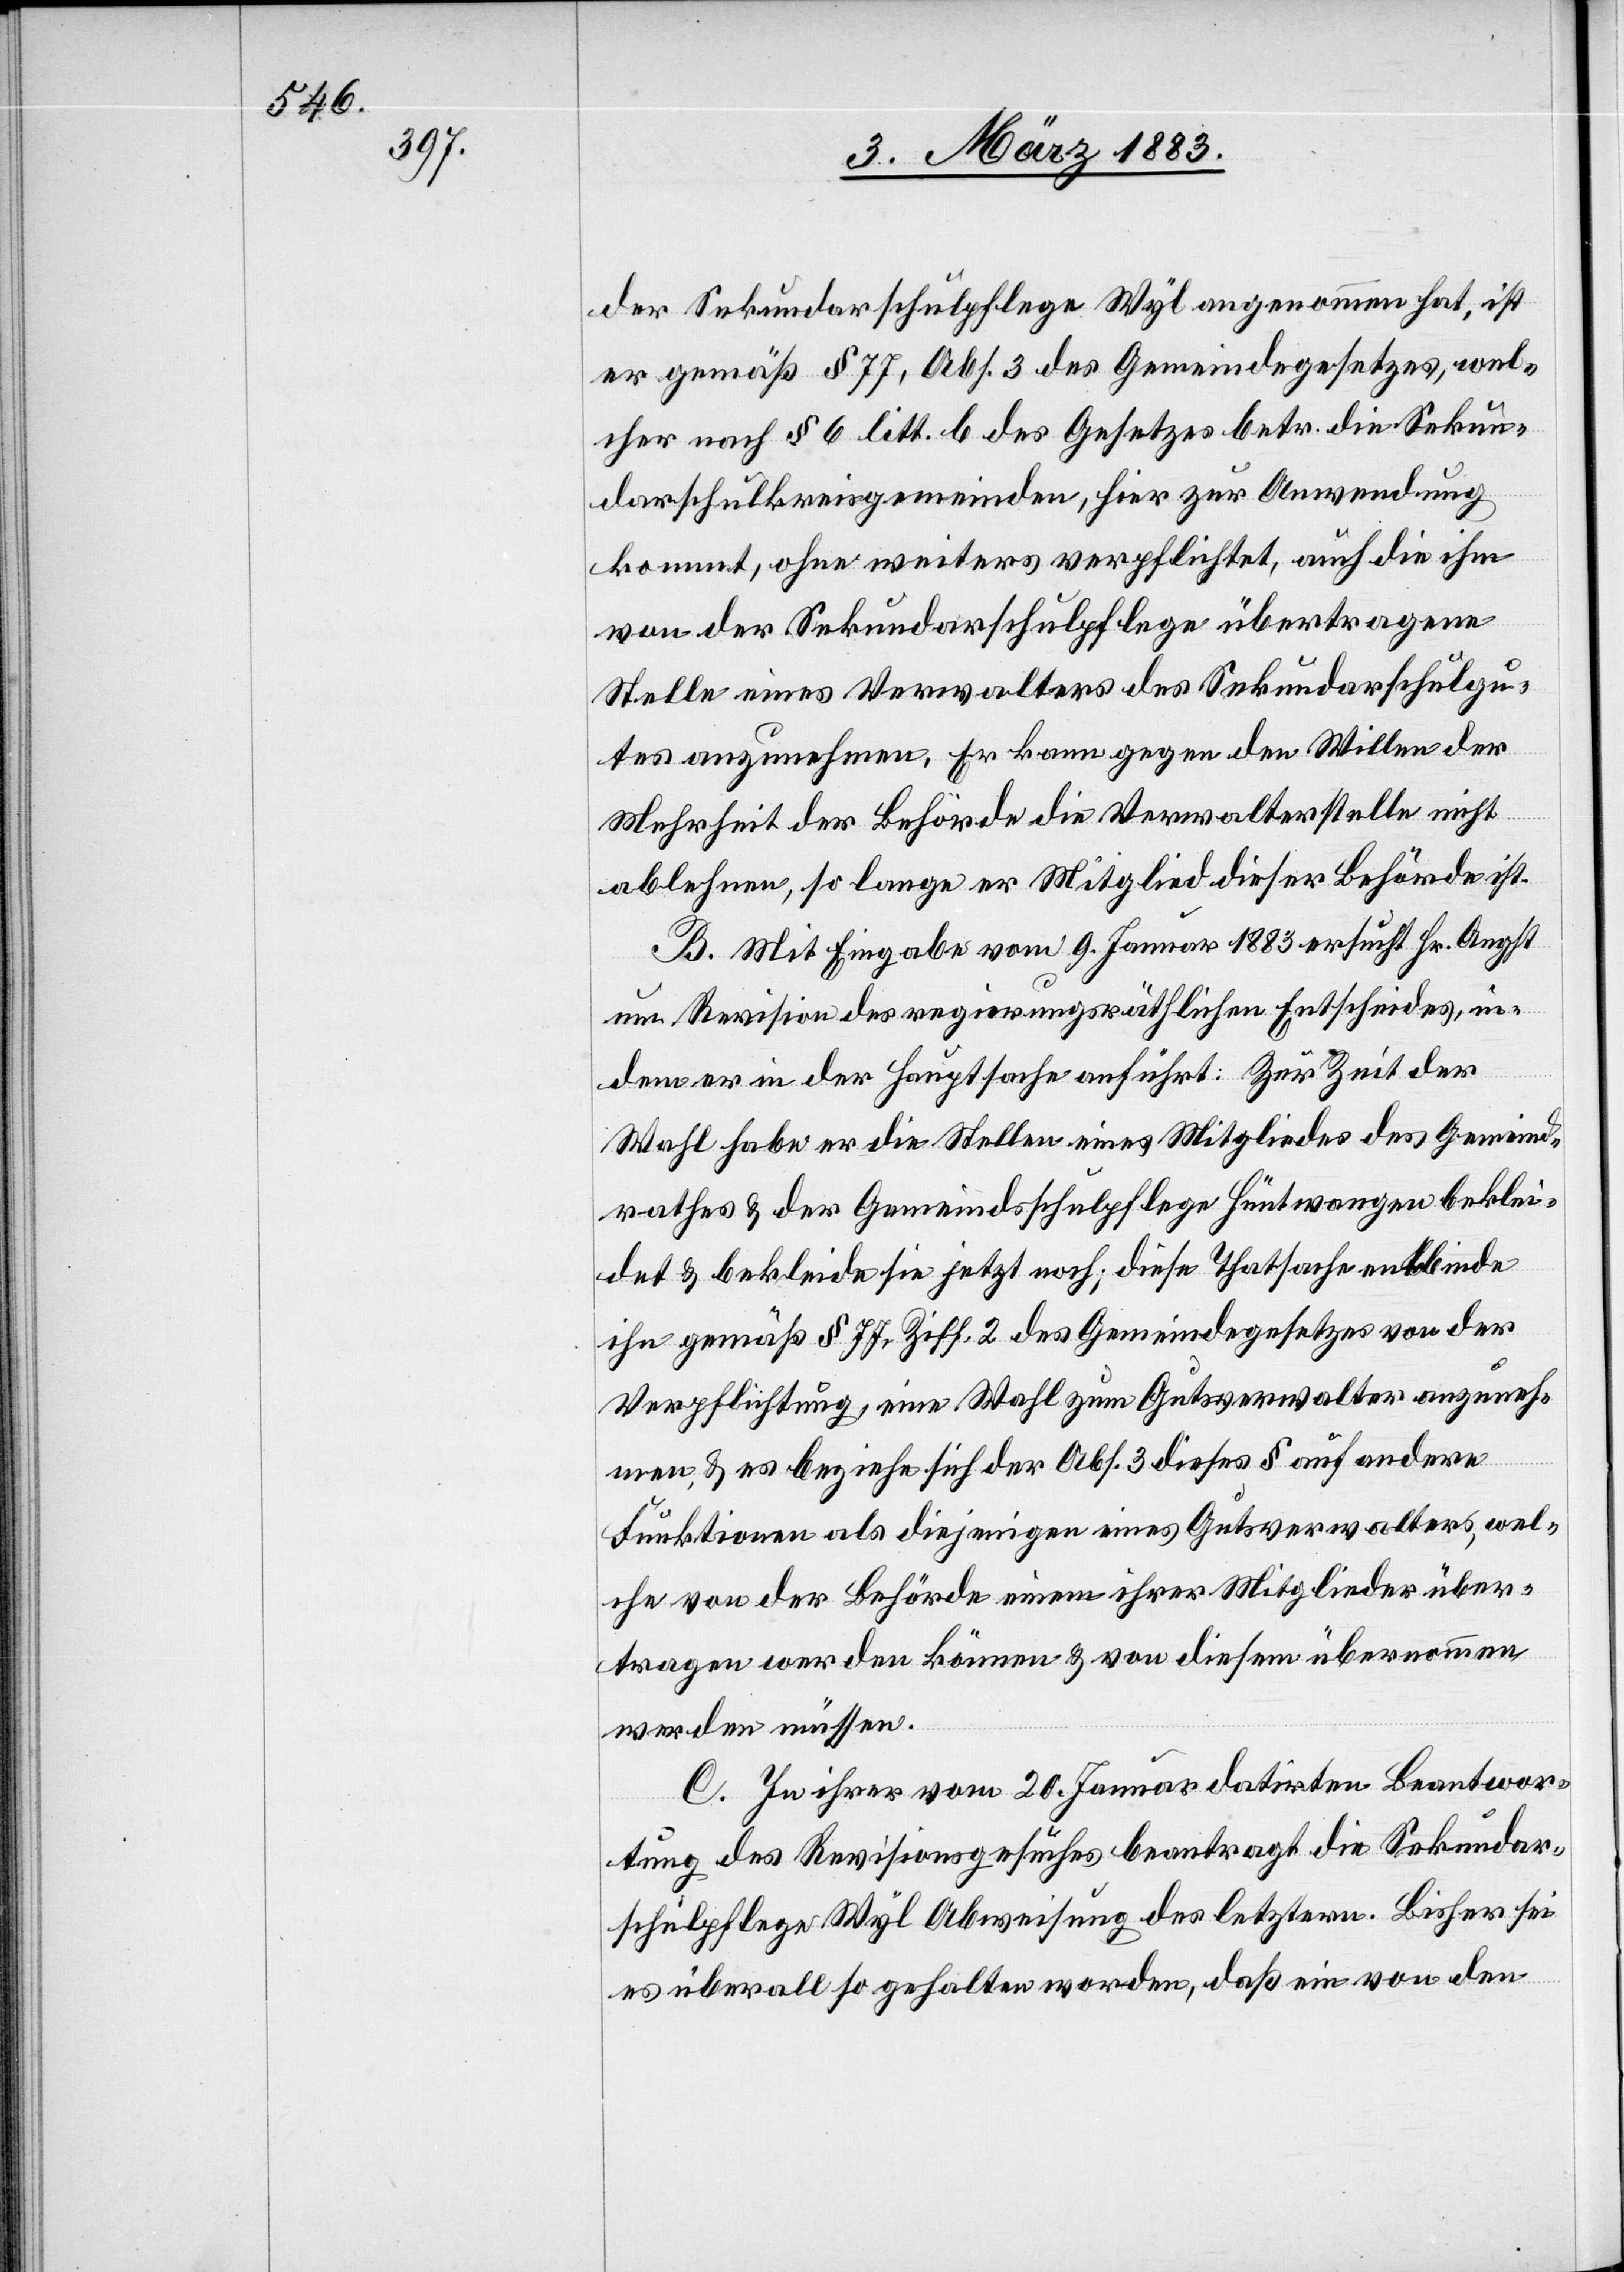
der Sekundarschulpflege Wyl angenommen hat, ist
er gemäß Art. 77, Abs. 3 des Gemeindegesetzes, wel¬
cher nach § 6 litt. b des Gesetzes betr. die Sekun¬
darschulkreisgemeinden, hier zur Anwendung
kommt, ohne weiteres verpflichtet, auch die ihm
von der Sekundarschulpflege übertragene
Stelle eines Verwalters des Sekundarschulgu¬
tes anzunehmen. Er kann gegen den Willen der
Mehrheit der Behörde die Verwalterstelle nicht
ablehnen, so lange er Mitglied dieser Behörde ist.
B. Mit Eingabe vom 9. Januar 1883 ersucht Hr. Angst
um Revision des regierungsräthlichen Entscheides, in¬
dem er in der Hauptsache anführt: Zur Zeit der
Wahl habe er die Stellen eines Mitgliedes des Gemeind¬
rathes & der Gemeindsschulpflege Hüntwangen beklei¬
det & bekleide sie jetzt noch; diese Thatsache entbinde
ihn gemäß § 77, Ziff. 2. des Gemeindegesetzes von der
Verpflichtung, eine Wahl zum Gutsverwalter anzuneh¬
men, & es beziehe sich der Abs. 3 dieses § auf andere
Funktionen als diejenigen eines Gutsverwalters, wel¬
che von der Behörde einem ihrer Mitglieder über¬
tragen werden können & von diesem übernommen
werden müssen.
C. In ihrer vom 20. Januar datirten Beantwor¬
tung des Revisionsgesuches beantragt die Sekundar¬
schulpflege Wyl Abweisung des letztern. Bisher sei
es überall so gehalten worden, daß ein von den